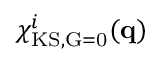
\chi _ { \mathrm { K S , \vec { G } = 0 } } ^ { i } ( \mathbf { q } )